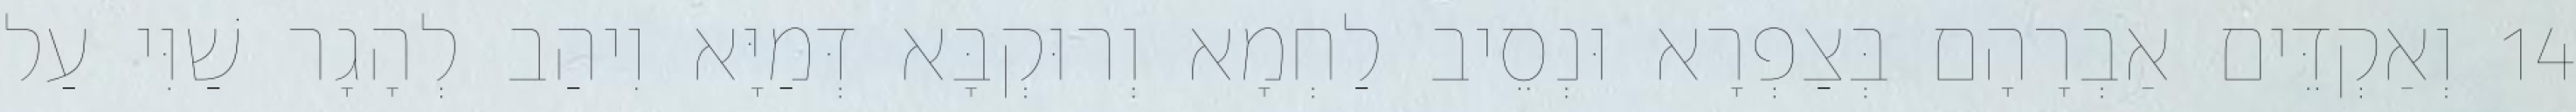
14 וְאַקְדֵּים אַבְרָהָם בְּצַפְרָא וּנְסֵיב לַחְמָא וְרוּקְבָּא דְּמַיָּא וִיהַב לְהָגָר שַׁוִּי עַל